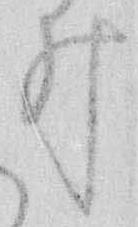
井